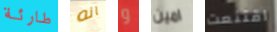
طارئة انه و امين اقتنعت